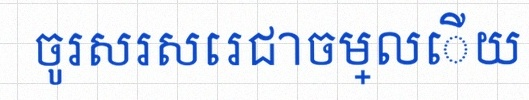
ចូរសរសេរជាចម្លើយ